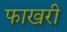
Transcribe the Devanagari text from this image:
फाखरी